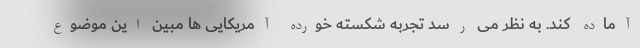
آماده کند. به نظر می رسد تجربه شکسته خورده آمریکایی ها مبین این موضوع